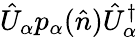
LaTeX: \hat{U}_{\alpha}p_{\alpha}(\hat{n})\hat{U}_{\alpha}^{\dagger}